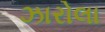
ઝારોલા